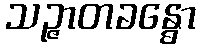
သဉ္ဇာတခန္ဓော